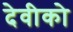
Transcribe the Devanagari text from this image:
देवीको